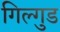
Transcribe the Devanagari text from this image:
गिल्गुड